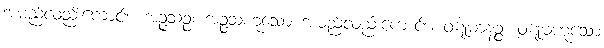
အမည်လည်းကောင်း။ အဉ္ဇသဉ္စ၊ အဉ္ဇသဟူသော အမည်လည်းကောင်း။ ဝဋုမာနဉ္စ၊ ဝဋုမဟူသော